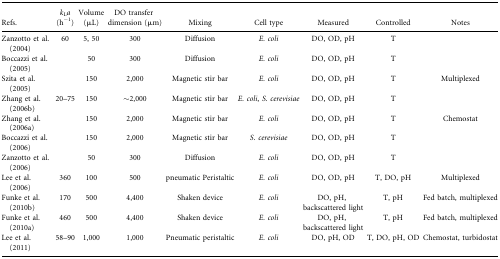
<table><thead><tr><td><b>Refs.</b></td><td><b><i>k</i><sub>L</sub><i>a</i> (h<sup>-1</sup>)</b></td><td><b>Volume (μL)</b></td><td><b>DO transfer dimension (μm)</b></td><td><b>Mixing</b></td><td><b>Cell type</b></td><td><b>Measured</b></td><td><b>Controlled</b></td><td><b>Notes</b></td></tr></thead><tbody><tr><td>Zanzotto et al. (2004)</td><td>60</td><td>5, 50</td><td>300</td><td>Diffusion</td><td><i>E. coli</i></td><td>DO, OD, pH</td><td>T</td><td>[EMPTY_CELL]</td></tr><tr><td>Boccazzi et al. (2005)</td><td>[EMPTY_CELL]</td><td>50</td><td>300</td><td>Diffusion</td><td><i>E. coli</i></td><td>DO, OD, pH</td><td>T</td><td>[EMPTY_CELL]</td></tr><tr><td>Szita et al. (2005)</td><td>[EMPTY_CELL]</td><td>150</td><td>2,000</td><td>Magnetic stir bar</td><td><i>E. coli</i></td><td>DO, OD, pH</td><td>T</td><td>Multiplexed</td></tr><tr><td>Zhang et al. (2006b)</td><td>20–75</td><td>150</td><td>∼2,000</td><td>Magnetic stir bar</td><td><i>E. coli</i>, <i>S. cerevisiae</i></td><td>DO, OD, pH</td><td>T</td><td>[EMPTY_CELL]</td></tr><tr><td>Zhang et al. (2006a)</td><td>[EMPTY_CELL]</td><td>150</td><td>2,000</td><td>Magnetic stir bar</td><td><i>E. coli</i></td><td>DO, OD, pH</td><td>T</td><td>Chemostat</td></tr><tr><td>Boccazzi et al. (2006)</td><td>[EMPTY_CELL]</td><td>150</td><td>2,000</td><td>Magnetic stir bar</td><td><i>S. cerevisiae</i></td><td>DO, OD, pH</td><td>T</td><td>[EMPTY_CELL]</td></tr><tr><td>Zanzotto et al. (2006)</td><td>[EMPTY_CELL]</td><td>50</td><td>300</td><td>Diffusion</td><td><i>E. coli</i></td><td>DO, OD, pH</td><td>T</td><td>[EMPTY_CELL]</td></tr><tr><td>Lee et al. (2006)</td><td>360</td><td>100</td><td>500</td><td>pneumatic Peristaltic</td><td><i>E. coli</i></td><td>DO, OD, pH</td><td>T, DO, pH</td><td>Multiplexed</td></tr><tr><td>Funke et al. (2010b)</td><td>170</td><td>500</td><td>4,400</td><td>Shaken device</td><td><i>E. coli</i></td><td>DO, pH, backscattered light</td><td>T, pH</td><td>Fed batch, multiplexed</td></tr><tr><td>Funke et al. (2010a)</td><td>460</td><td>500</td><td>4,400</td><td>Shaken device</td><td><i>E. coli</i></td><td>DO, pH, backscattered light</td><td>T, pH</td><td>Fed batch, multiplexed</td></tr><tr><td>Lee et al. (2011)</td><td>58–90</td><td>1,000</td><td>1,000</td><td>Pneumatic peristaltic</td><td><i>E. coli</i></td><td>DO, pH, OD</td><td>T, DO, pH, OD</td><td>Chemostat, turbidostat</td></tr></tbody></table>